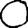
Digit: 0